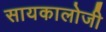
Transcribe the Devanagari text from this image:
सायकालोजी